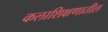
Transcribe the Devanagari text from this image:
कलाशिक्षणातील